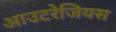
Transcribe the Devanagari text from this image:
आउटरेजियस